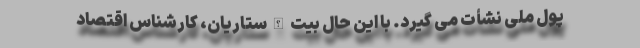
پول ملی نشأت می گیرد. با این حال بیت الله ستاریان، کارشناس اقتصاد